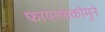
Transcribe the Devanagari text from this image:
फायल्सकोमुने